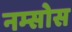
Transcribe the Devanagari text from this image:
नम्सोस